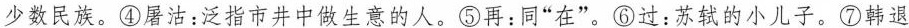
少数民族。④屠沽：泛指市井中做生意的人。⑤再：同”在”。⑥过：苏轼的小儿子。⑦韩退